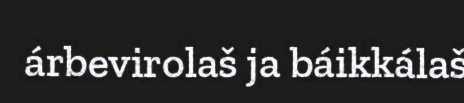
árbevirolaš ja báikkálaš